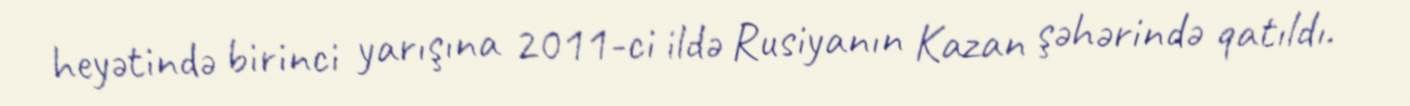
heyətində birinci yarışına 2011-ci ildə Rusiyanın Kazan şəhərində qatıldı.